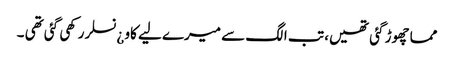
مما چھوڑ گئی تھیں، تب الگ سے میرے لیے کاو ¿نسلر رکھی گئی تھی ۔